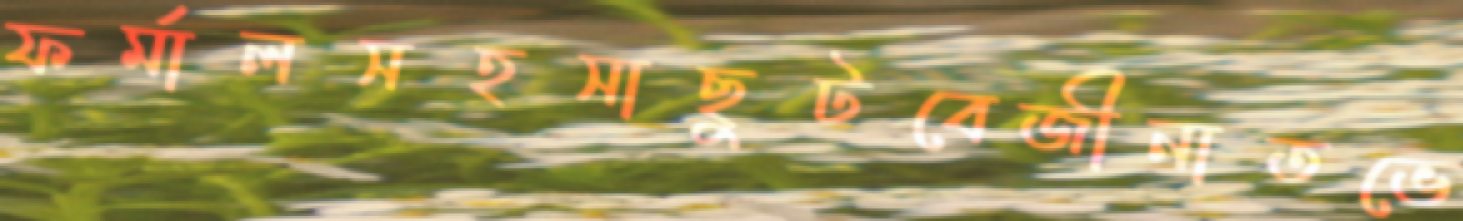
ফর্মালসহসাছুটবেজীনাতভে